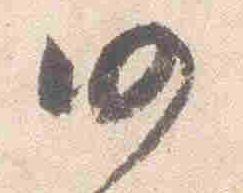
仍